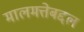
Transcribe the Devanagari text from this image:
मालमत्तेबद्दल